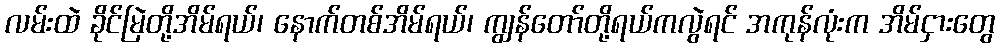
လမ်းထဲ ခိုင်မြဲတို့အိမ်ရယ်၊ နောက်တစ်အိမ်ရယ်၊ ကျွန်တော်တို့ရယ်ကလွဲရင် အကုန်လုံးက အိမ်ငှားတွေ